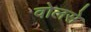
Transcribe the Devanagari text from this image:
वोलसे